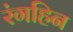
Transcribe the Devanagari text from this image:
रंगहिन